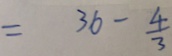
= 3 6 - \frac { 4 } { 3 }